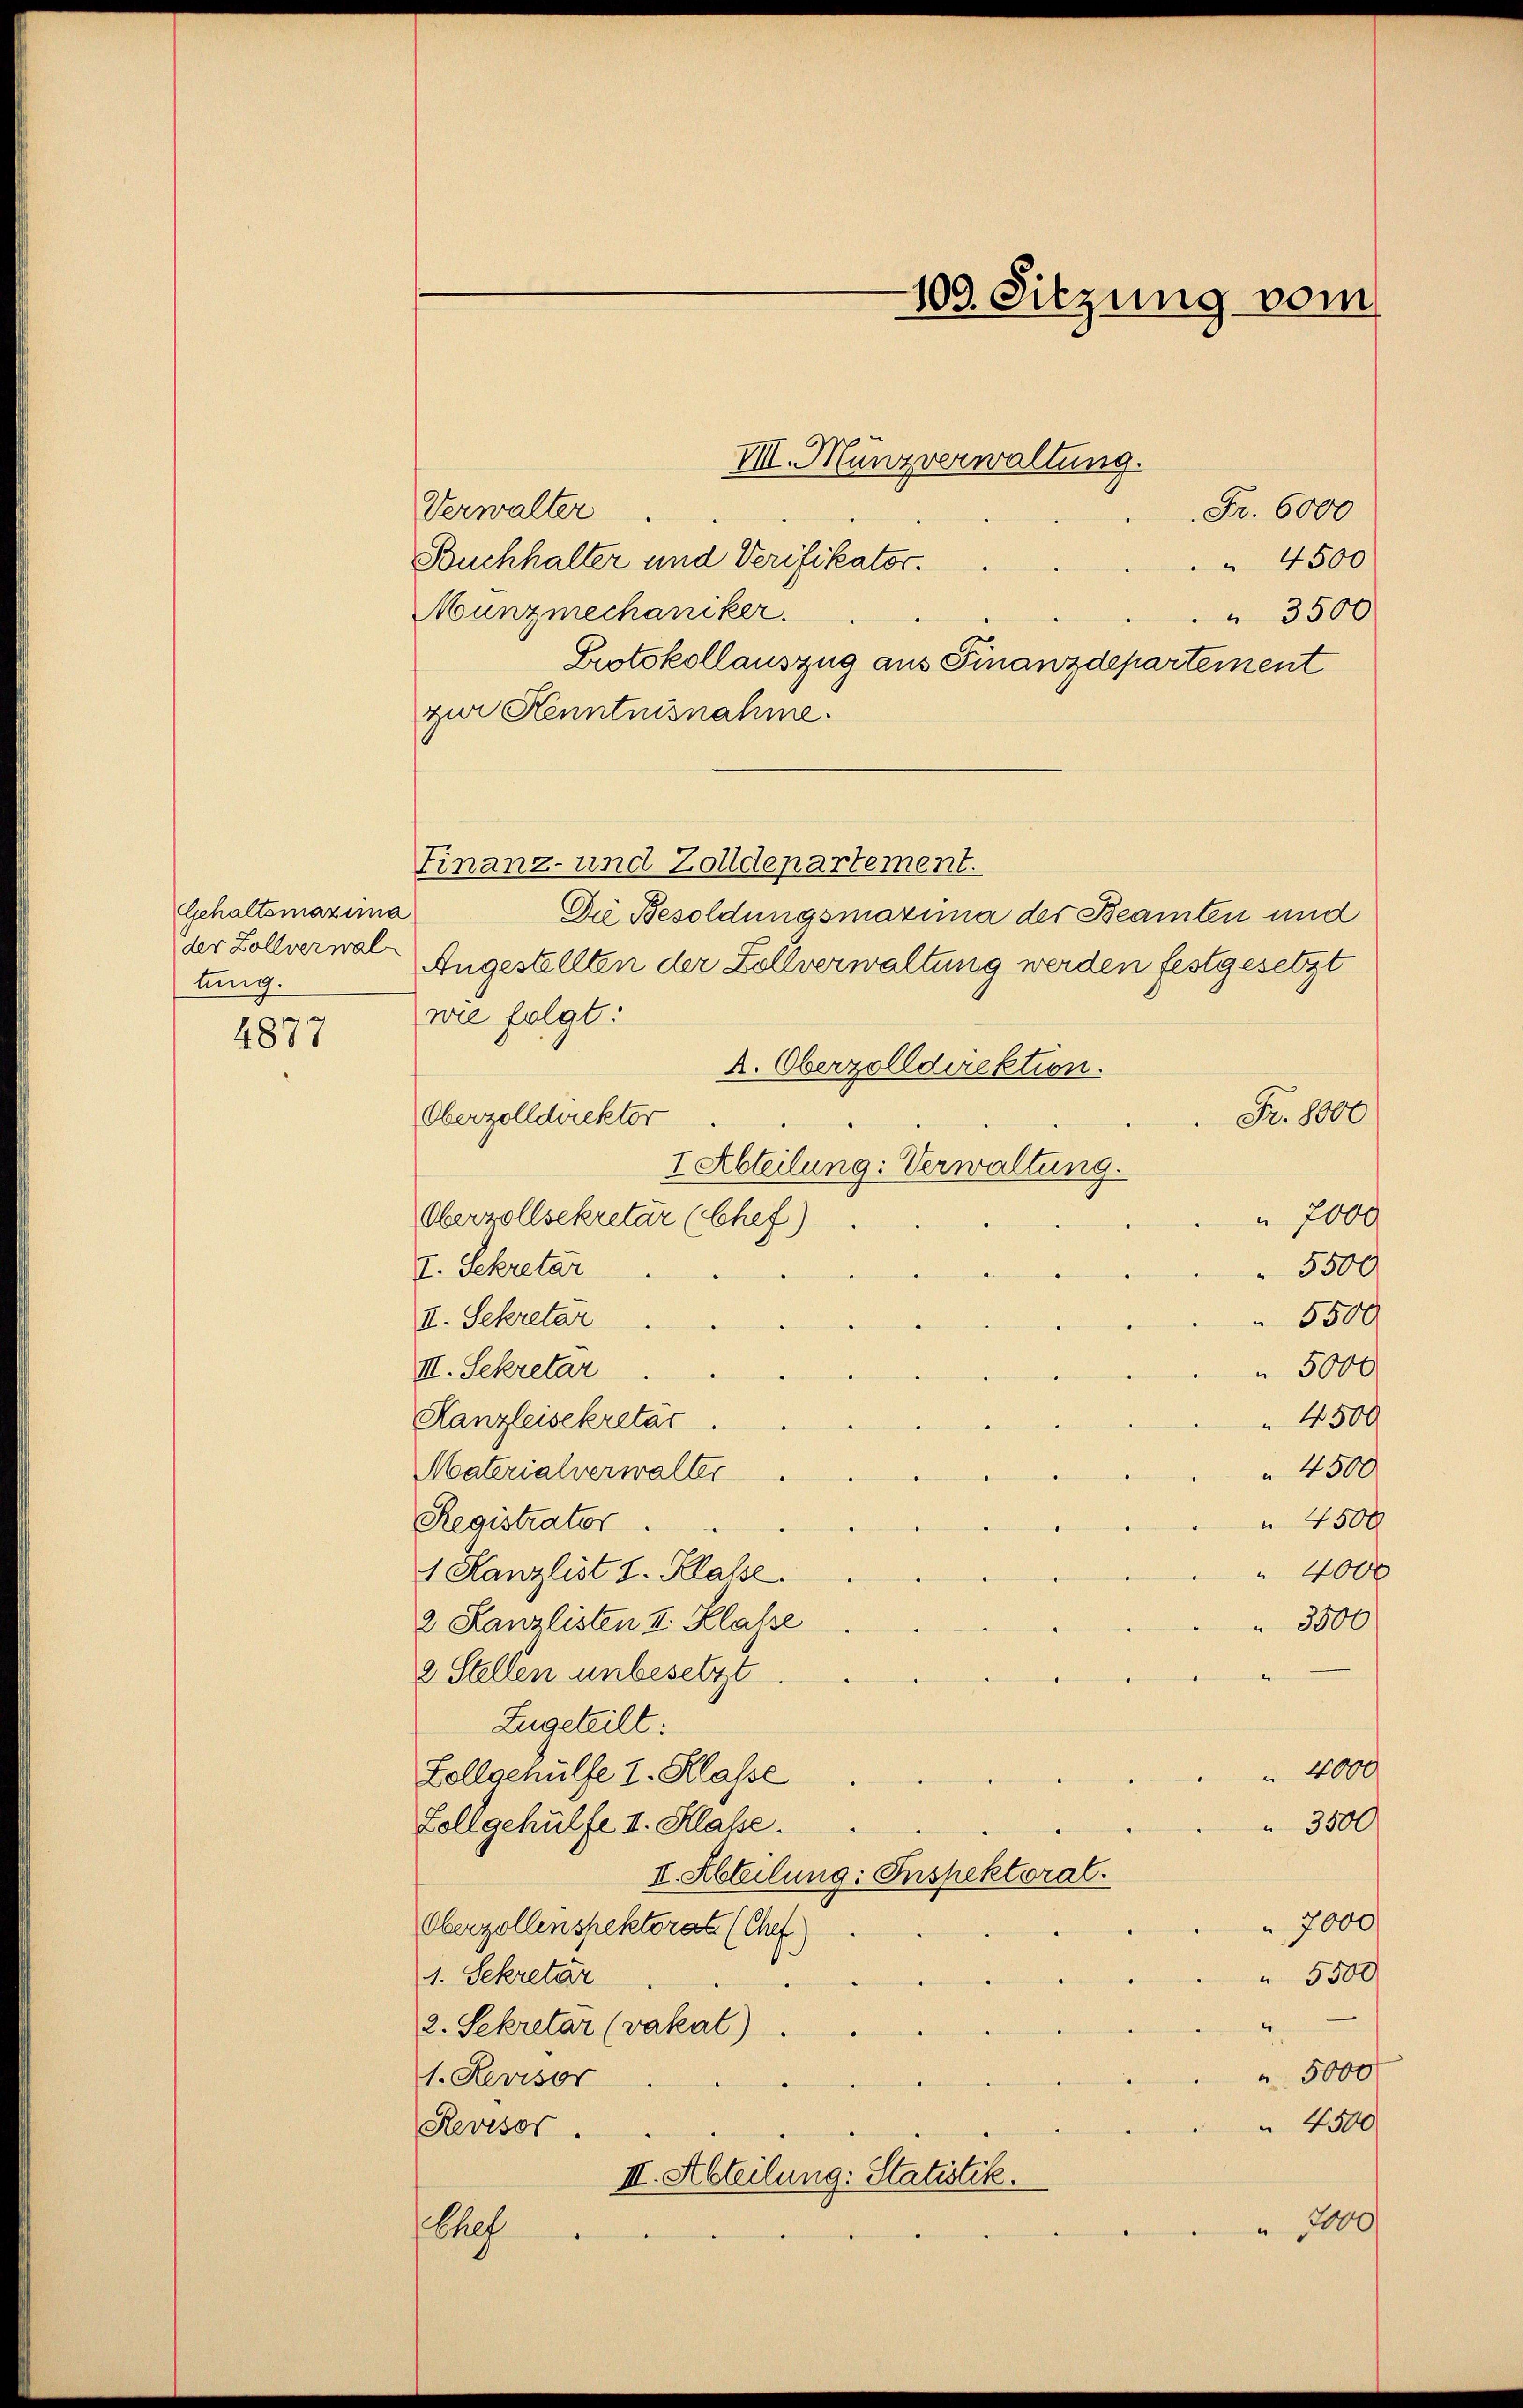
Gehaltsmaxima
der Zollverwal
tung.

4877

Verwalter
Fr. 6000
Buchhalter und Verifikator.
 4500
Munzmechaniker.
 3500
Protokollauszug aus Finanzdepartement
zur Kenntnisnahme.
Die Besoldungsmarina der Beamten und
Angestellten der Zollverwaltung werden festgesetzt
wie folgt:
k. Oberzolldirektion.
Oberzolldirektor
Fr. 8000
I Abteilung: Verwaltung.
 7000
Oberzollsekretär (Chef)
5500
I. Sekretär
5500
II. Sekretar
III. Sekretär
 5000
4500
Kanzleisekretär.
 4500
Materialverwalter
Registrator.
 4500
 4000
1 Kanzlist I. Klasse.
2 Kanzlisten II. Klasse
 3500
2 Stellen unbesetzt
.
Zugeteilt:
4000
Zollgehülfe I. Klasse
 3500
Lollgehülfe I. Klasse.
II. Abteilung: Inspektoral.
7000
Oberzollenspektorat (Chef)
1. Sekretär
 5500
2. Sekretar (vakat).
 5000
1. Revisor
 4300
Revisor.
II. Abteilung: Statistik.
 7000
Chef

Finanz- und Zolldepartement.

109. Sitzung vom

III. Manzverwaltung.